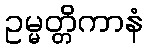
ဥမ္မတ္တိကာနံ